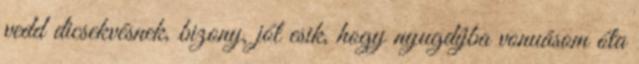
vedd dicsekvésnek, bizony, jól esik, hogy nyugdíjba vonuásom óta